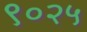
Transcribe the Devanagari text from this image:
९०२५